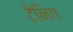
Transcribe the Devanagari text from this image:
टैनिग